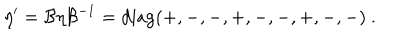
LaTeX: \eta ^ { \prime } = \mathcal { B } \eta \mathcal { B } ^ { - 1 } = \mathrm { d i a g } ( + , - , - , + , - , - , + , - , - ) ~ .